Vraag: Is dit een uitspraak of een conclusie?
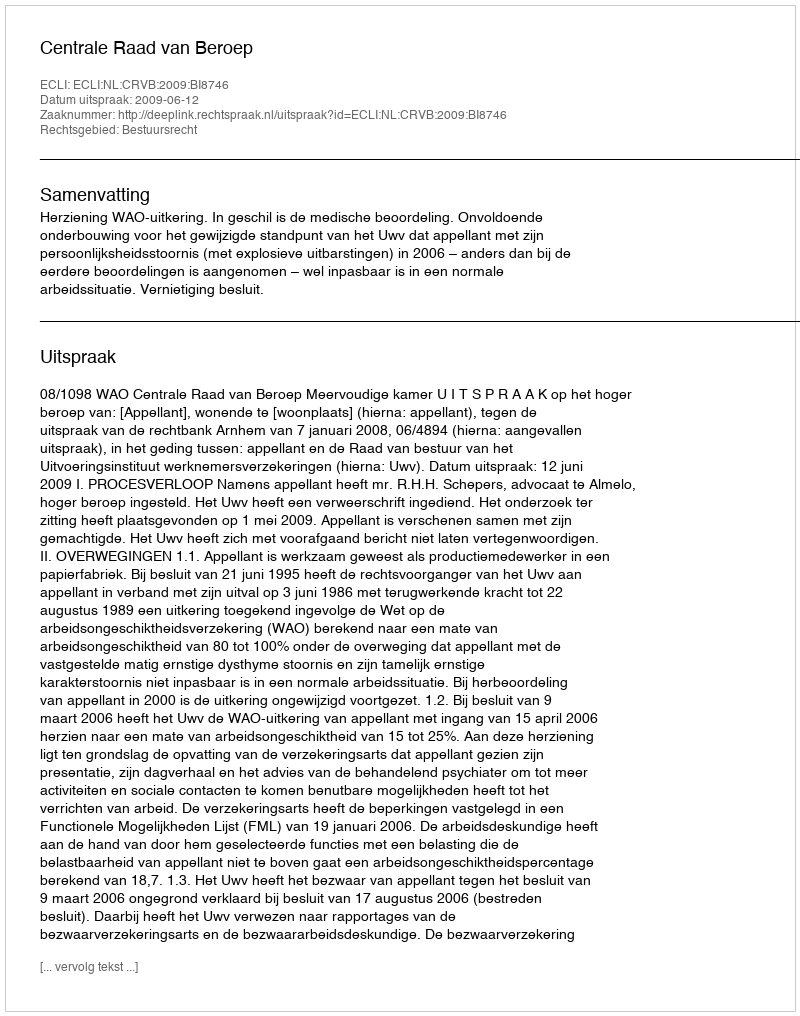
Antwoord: Uitspraak